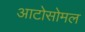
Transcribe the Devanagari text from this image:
आटोसोमल